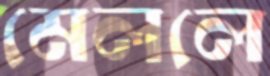
মেললে